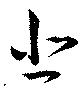
悲